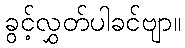
ခွင့်လွှတ်ပါခင်ဗျာ။